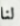
لنا